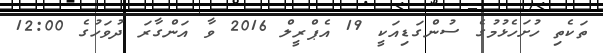
ތަކެތި ހުށަހެޅުމުގެ ސުންގަޑިއަކީ 19 އެޕްރީލް 2016 ވާ އަންގާރަ ދުވަހުގެ 12:00